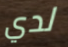
لدي